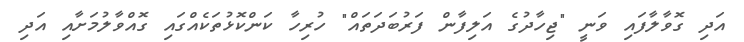
އަދި ގޮވާލާފައި ވަނީ "ޖިހާދުގެ އަލިފާން ފަރުބަދަތައް" ހުރިހާ ކަންކޮޅުތަކެއްގައި ގޮއްވާލުމަށާއި އަދި